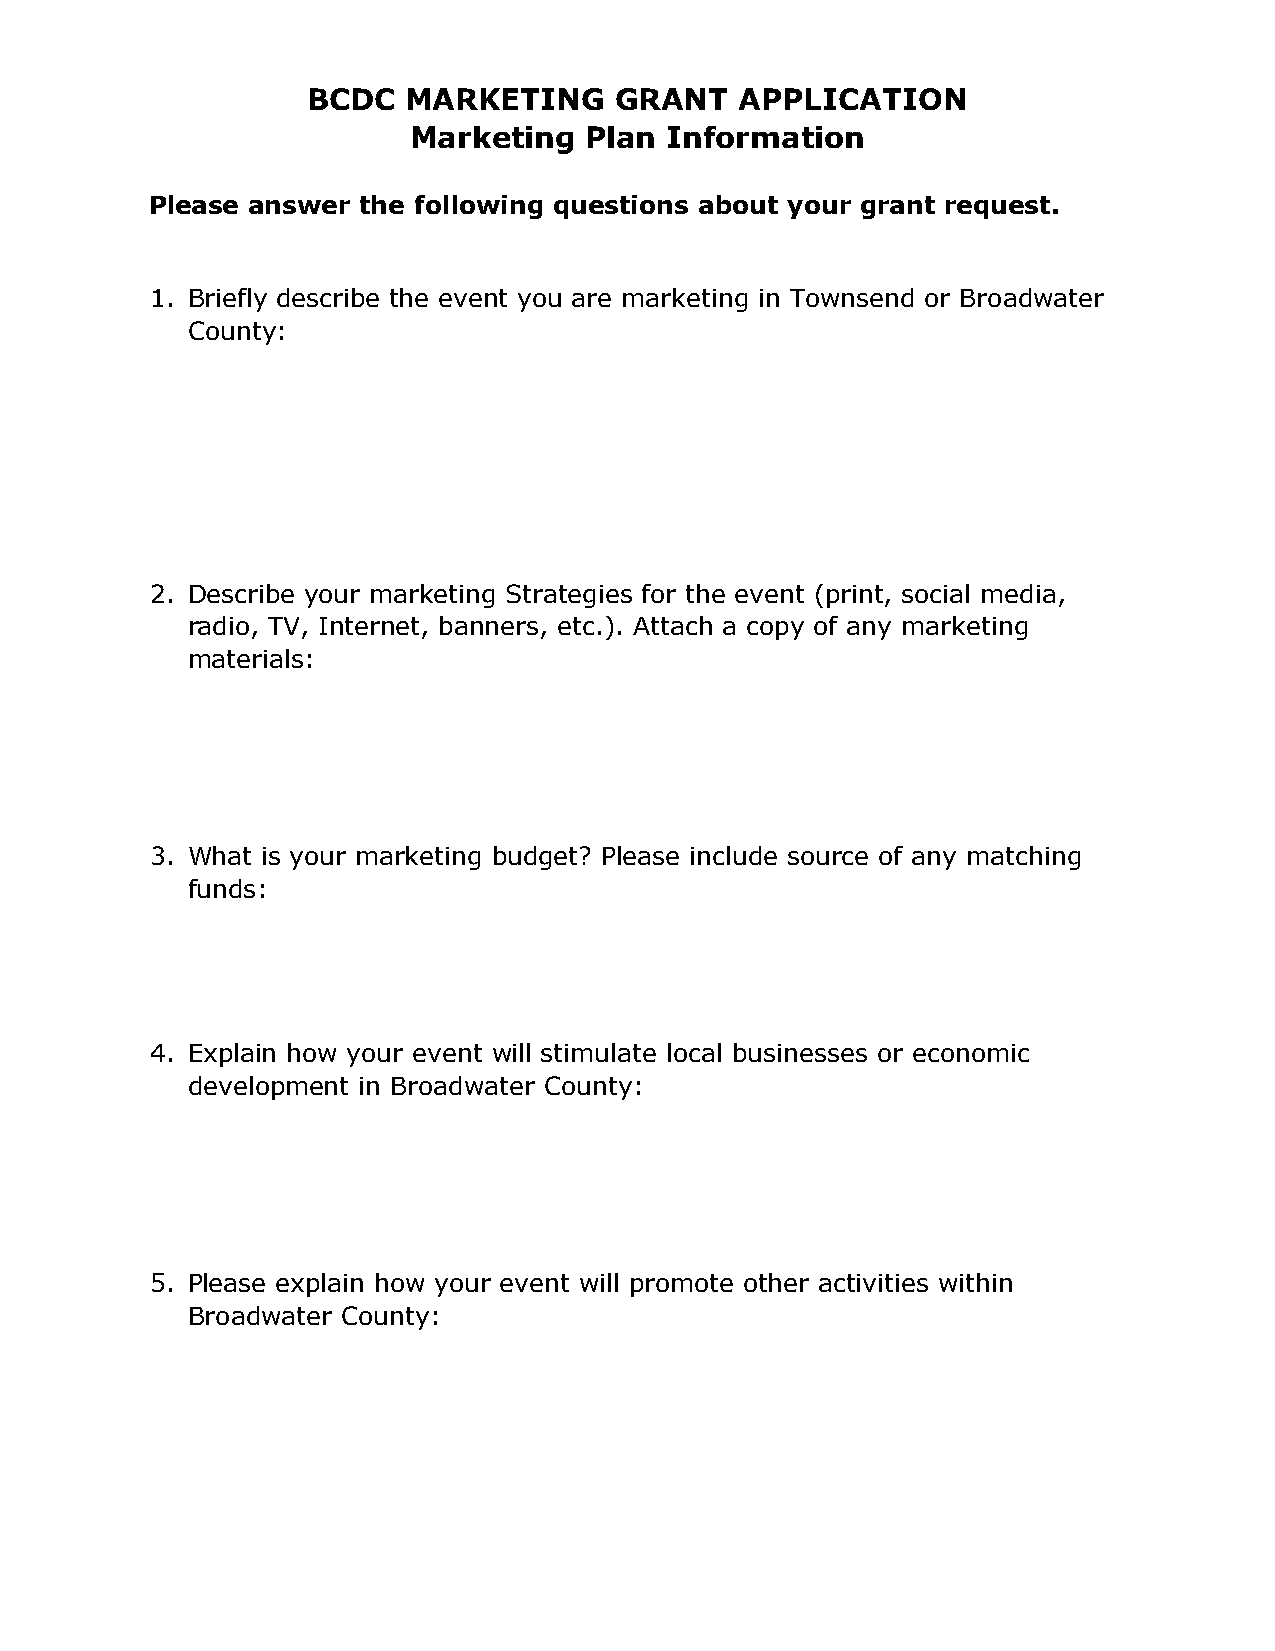
BCDC   MARKETING     GRANT   APPLICATION
 Marketing   Plan Information
 Please answer the following questions about your grant request.
 1. Briefly describe the event you are marketing in Townsend or Broadwater
 County:
 2. Describe your marketing Strategies for the event (print, social media,
 radio, TV, Internet, banners, etc.). Attach a copy of any marketing
 materials:
 3. What is your marketing budget? Please include source of any matching
 funds:
 4. Explain how your event will stimulate local businesses or economic
 development in Broadwater County:
 5. Please explain how your event will promote other activities within
 Broadwater County: